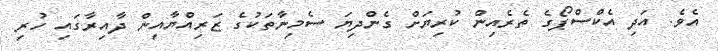
އެވެ. އަދި އެކްސްޕޯގެ ތެރެއިން ކުރިޔަށް ގެންދިޔަ ސެމިނާތަކުގެ ޒަރިއްޔާއިން ދާއިރާގައި ހުރި